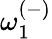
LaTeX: {\omega}_{1}^{(-)}